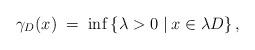
LaTeX: \begin{align*} \gamma_D(x) \;=\;\inf \left\{ \lambda > 0 \;|\: x \in \lambda D\right\},\end{align*}